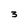
Character: 3